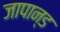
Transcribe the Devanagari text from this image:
जापान्ड